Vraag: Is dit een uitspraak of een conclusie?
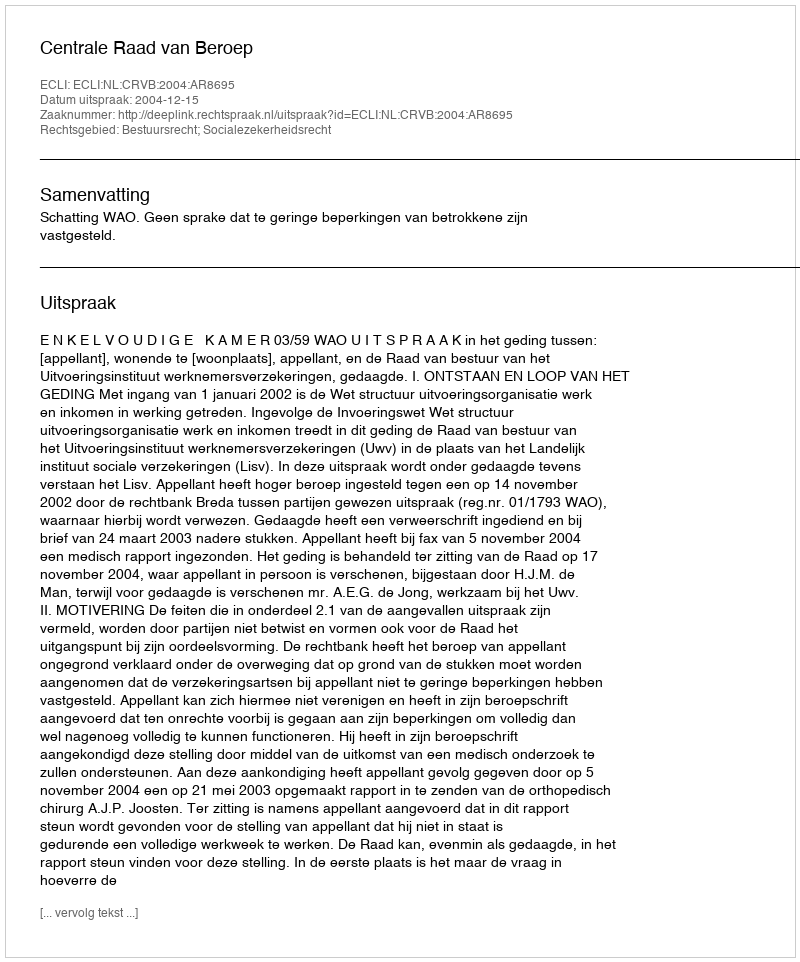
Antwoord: Uitspraak